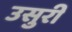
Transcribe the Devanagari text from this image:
उसुरी